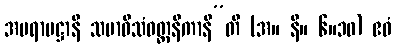
အပရာမဋ္ဌာနိ သမာဓိသံဝတ္တနိကာနီ”တိ (အ။ နိ။ ၆။၁၀) ဧဝံ